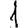
Digit: 1